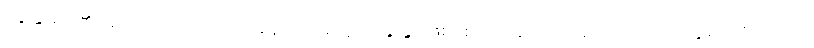
ခွေးနွားတို့၏ အကျင့်ကို ကျင့်သော် နောင်အခါတွင် ခွေးနွားဖြစ်စေတတ်ကြောင်း ဟောသော ကုက္ကုရဝတိကသုတ်